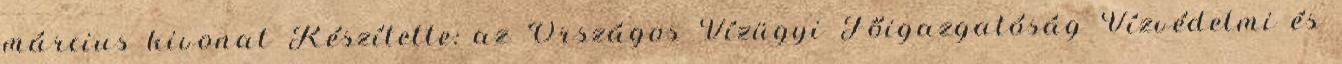
március kivonat Készítette: az Országos Vízügyi Főigazgatóság Vízvédelmi és